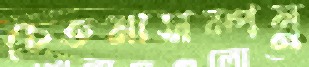
চেতনাসম্পন্ন